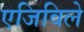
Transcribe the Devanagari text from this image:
एजिविले